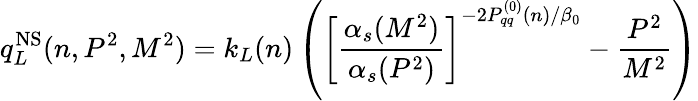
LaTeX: q_{L}^{\mathrm{NS}}(n,P^{2},M^{2})=k_{L}(n)\left(\left[\frac{\alpha_{s}(M^{2})}{\alpha_{s}(P^{2})}\right]^{-2P_{qq}^{(0)}(n)/\beta_{0}}-\frac{P^{2}}{M^{2}}\right)